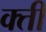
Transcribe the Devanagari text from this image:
क्ती